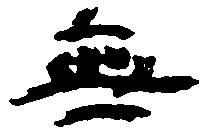
無